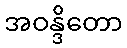
အဝန္ဒိတော